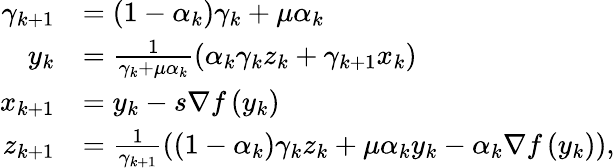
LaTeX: \begin{array}{rl}{\gamma_{k+1}}&{=\left(1-\alpha_{k}\right)\gamma_{k}+\mu\alpha_{k}}\\ {y_{k}}&{=\frac{1}{\gamma_{k}+\mu\alpha_{k}}\left(\alpha_{k}\gamma_{k}z_{k}+\gamma_{k+1}x_{k}\right)}\\ {x_{k+1}}&{=y_{k}-s\nabla f\left(y_{k}\right)}\\ {z_{k+1}}&{=\frac{1}{\gamma_{k+1}}\left(\left(1-\alpha_{k}\right)\gamma_{k}z_{k}+\mu\alpha_{k}y_{k}-\alpha_{k}\nabla f\left(y_{k}\right)\right),}\end{array}